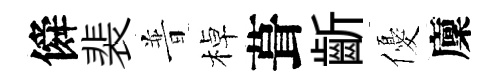
僢裴普棹葺齗優廩